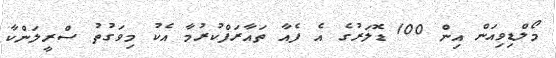
މޯލްޑިވިއަން އިން 100 ޑޮލަރުގެ އެ ފެއާ ތައާރަފްކުރުމާ އެކު މިވަގުތު ސްރީލަންކާ